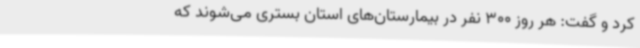
کرد و گفت: هر روز 300 نفر در بیمارستان‌های استان بستری می‌شوند که